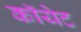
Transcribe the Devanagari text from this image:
कॉयेट